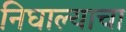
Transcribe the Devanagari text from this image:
निघाल्याचा